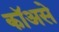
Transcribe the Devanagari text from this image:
कॉअसे